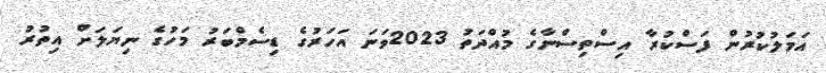
އަމަލުކުރުން ފަސްކުރާ އިސްތިސްނާގެ މުއްދަތު 2023ވަނަ އަހަރުގެ ޑިސެމްބަރު މަހުގެ ނިޔަލަށް އިތުރު